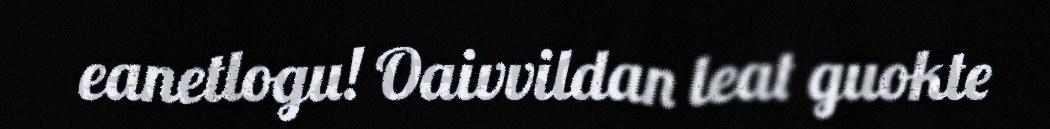
eanetlogu! Oaivvildan leat guokte